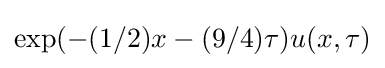
\exp(-(1/2)x-(9/4)\tau )u(x,\tau )